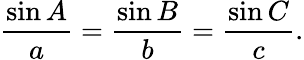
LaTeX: {\frac{\sin A}{a}}={\frac{\sin B}{b}}={\frac{\sin C}{c}}.